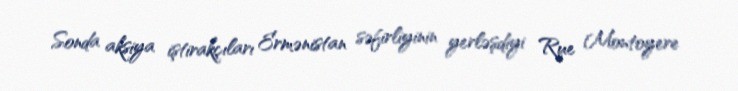
Sonda aksiya iştirakçıları Ermənistan səfirliyinin yerləşdiyi Rue Montoyere